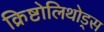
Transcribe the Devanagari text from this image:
क्रिष्टोलिथोड्स